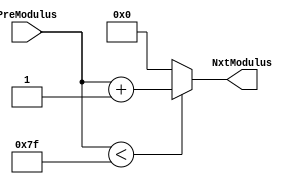
module IncModulus(
	input [DATA_INDEX_WIDTH-1:0] PreModulus,
	output [DATA_INDEX_WIDTH-1:0] NxtModulus
    );
	 
//Define parameter//
parameter LENGTH_ARRAY = 100;
parameter NUM_PROCESSOR = 3;
parameter DATA_INDEX_WIDTH = 32;
parameter BIT_ON_TAILS = 7;

localparam integer NUM_STATE_WIDTH_BIT = log2(NUM_STATE);
localparam integer LENGTH_ARRAY_WIDTH_BIT = log2(LENGTH_ARRAY);
localparam integer LENGTH_HASH_ARRAY = 1 << BIT_ON_TAILS;
localparam integer LENGTH_HASH_ARRAY_WIDTH_BIT = log2((1 << BIT_ON_TAILS + 1));
localparam integer MASK = (1 << BIT_ON_TAILS) - 1;
localparam integer NUM_STATE = 6;

function [31:0] log2;
	input [31:0] value;
	integer l;
	begin
		log2 = 0;
		for (l = 0; (1<<l) < value; l = l + 1)
			log2 = l+1;
	end
endfunction

assign NxtModulus = (PreModulus < (LENGTH_HASH_ARRAY-1)) ? PreModulus + 1 : 0;

endmodule